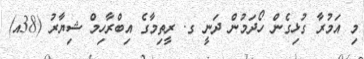
މި އަމުރާ ގުޅިގެން ހޯދަމުން ދަނީ ގ. ރީތިމާގެ އިބްރާހިމް ޝިޔާރު (38އ)